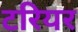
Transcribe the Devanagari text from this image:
टरियर